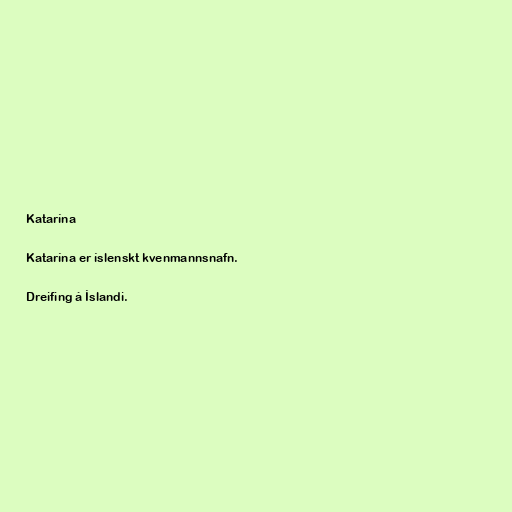
Katarína

Katarína er íslenskt kvenmannsnafn.

Dreifing á Íslandi.